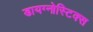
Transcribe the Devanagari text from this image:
डायग्नोस्टिक्स